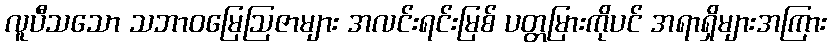
လူပီသသော သဘာဝမြေဩဇာများ အလင်းရင်းမြစ် ပတ္တမြားကိုပင် အရာရှိများအကြား